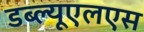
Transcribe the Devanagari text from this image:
डब्ल्यूएलएस